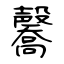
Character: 毊